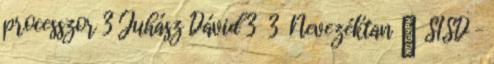
processzor 3 Juhász Dávid 3 3 Nevezéktan ● SISD –